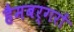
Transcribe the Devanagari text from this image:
हैमबर्गरों